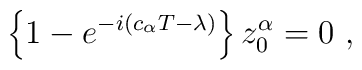
\left\{1-e^{-i\left( c_\alpha T-\lambda\right)}\right\} z^\alpha_0=0\ ,